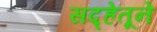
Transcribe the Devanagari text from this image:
सद्हेतूने